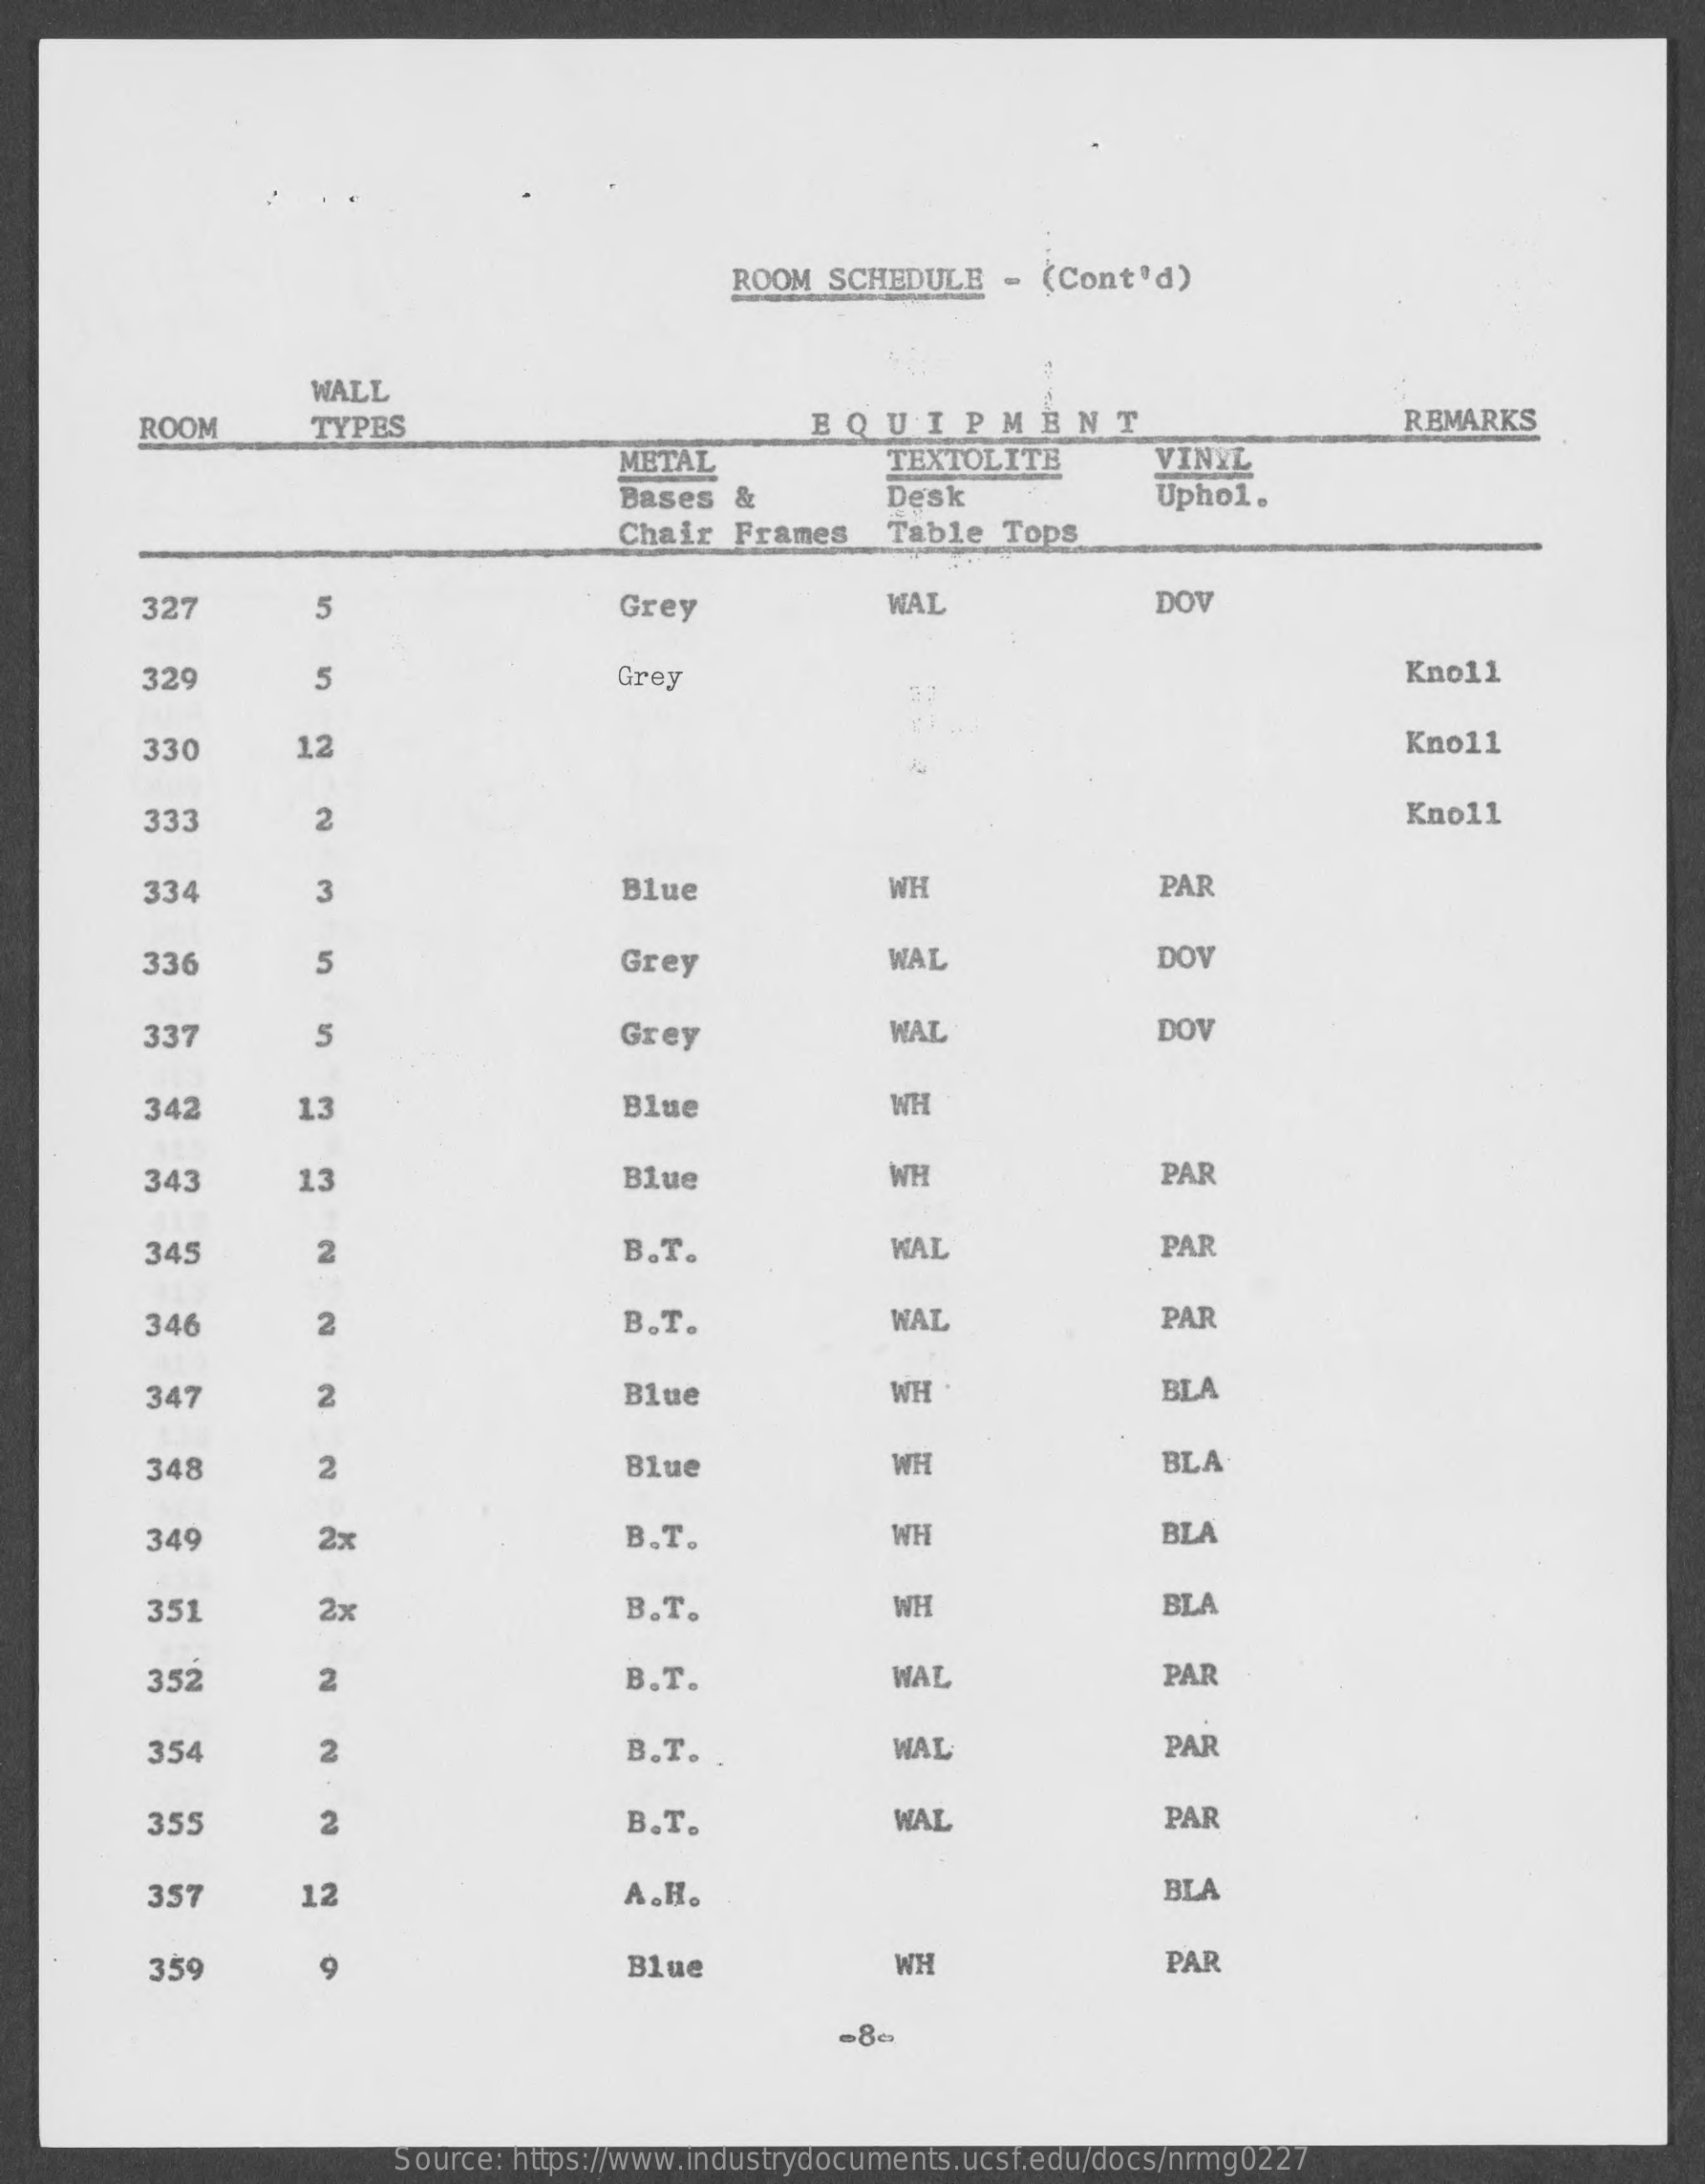
ROOM  SCHEDULE    - (Cont'd)
     WALL
     ROOM    TYPES    EQUIPMENT    REMARKS
     METAL    TEXTOLITE    VINYL
     Bases  &    Desk    Uphol.
     Chair  Frames    Table  Tops
     327    5    Grey    WAL    DOV
     329    5    Grey    Kno11
     330    12    Kno11
     333    2    Kno11
     334    3    Blue    WH    PAF
     336    5    Grey    WAL    DOY
     337    5    Grey    WAL    DOV
     342    13    Blue    WH
     343    13    Blue    WH    PAR
     345    2    B.T.    WAI    PAR
     346    2    B.T.    WAL    PAR
     347    2    Blue    WH    BLA
     348    2    Blue    WH    BLA
     349    2x    B.T.    WH    BLA
     351    2x    B.T.    WH    BLA
     352    2    B.T.    WAŁ    PAR
     354    2    B.T. .    WAL    PAR
     35    2    B.T.    WAŁ    PAR
     357    12    A.H.    BLA
     359    Blue    WH    PAR
     Source: https://www.industrydocuments.ucsf.edu/docs/nrmg0227